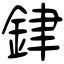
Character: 銉